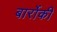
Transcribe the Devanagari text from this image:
बार्रोकी